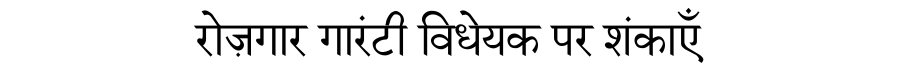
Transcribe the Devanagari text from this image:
रोज़गार गारंटी विधेयक पर शंकाएँ